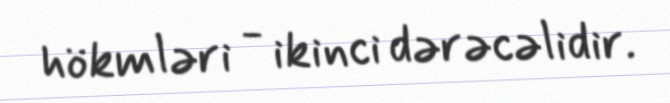
hökmləri - ikinci dərəcəlidir.